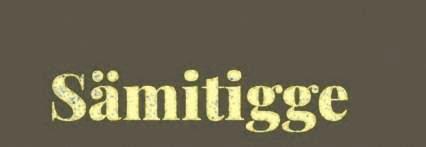
Sämitigge